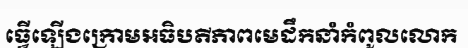
ធ្វើឡើងក្រោមអធិបតីភាពមេដឹកនាំកំពូលលោក